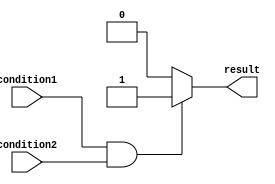
module if_else_statement (
    input wire condition1,
    input wire condition2,
    output wire result
);

    // Behavioral modeling block for if-else statement
    always @(*) begin
        if (condition1 && condition2) begin
            result = 1'b1; // if both conditions are true
        end
        else begin
            result = 1'b0; // if either of the conditions is false
        end
    end

endmodule